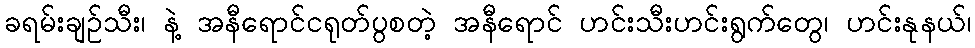
ခရမ်းချဉ်သီး၊ နဲ့ အနီရောင်ငရုတ်ပွစတဲ့ အနီရောင် ဟင်းသီးဟင်းရွက်တွေ၊ ဟင်းနုနယ်၊